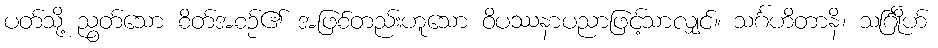
ပတ်သို့ ညွတ်သော စိတ်အစဉ်၏ အဖြစ်တည်းဟူသော ဝိပဿနာပညာဖြင့်သာလျှင်။ သင်္ဂဟိတာနိ၊ သင်္ဂြိုဟ်